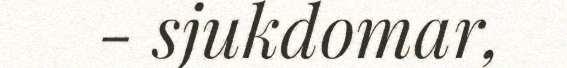
- sjukdomar,